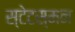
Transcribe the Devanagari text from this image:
स्टेटस्मन